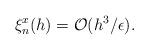
LaTeX: \begin{align*}\xi^{x}_{n}(h)=\mathcal{O}(h^3/\epsilon).\end{align*}